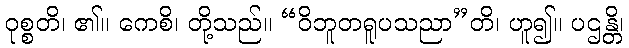
ဝုစ္စတိ၊ ၏။ ကေစိ၊ တို့သည်။ “ဝိဘူတရူပသညာ”တိ၊ ဟူ၍။ ပဌန္တိ၊